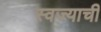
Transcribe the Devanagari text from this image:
स्वज्याची